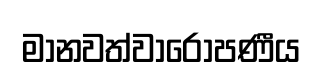
මානවත්වාරෝපණීය